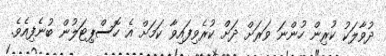
ދުވާލަކު ކުރިން ހުންނަ ވަރަށް ދަށް ކުރެވިފައިވާ ކަމަށް އެ ހޮސްޕިޓަލުން ބުނެފިއެވެ.